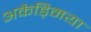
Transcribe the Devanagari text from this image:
अकैड्मिया